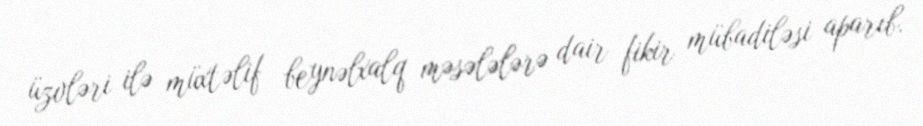
üzvləri ilə müxtəlif beynəlxalq məsələlərə dair fikir mübadiləsi aparıb.